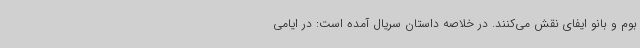
بوم و بانو ایفای نقش می‌کنند. در خلاصه داستان سریال آمده است: در ایامی